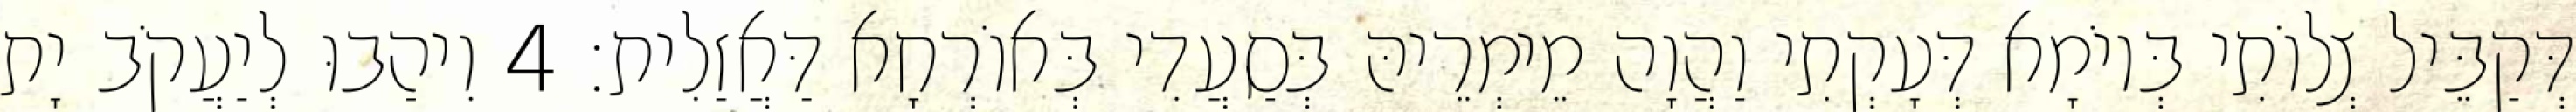
דְּקַבֵּיל צְלוֹתִי בְּיוֹמָא דְּעָקְתִי וַהֲוָה מֵימְרֵיהּ בְּסַעֲדִי בְּאוֹרְחָא דַּאֲזַלִית׃ 4 וִיהַבוּ לְיַעֲקֹב יָת